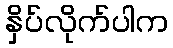
နှိပ်လိုက်ပါက